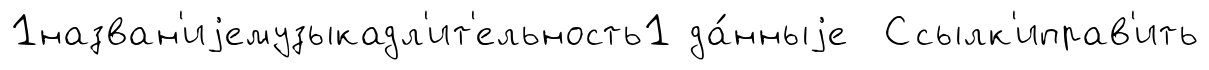
1назван'иjемузыкадл'ит'ельность1 да́нныjе Ссылк'иправ'ить